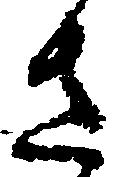
さ